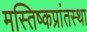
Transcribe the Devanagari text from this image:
मस्तिष्कप्रांतस्था